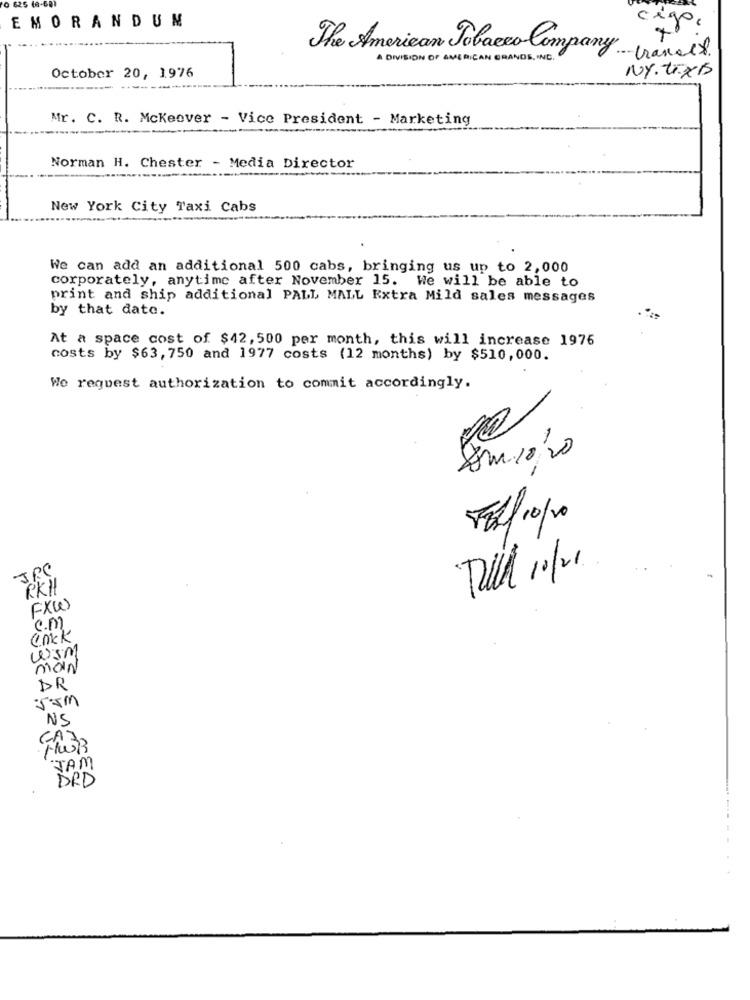
0 625 (0-60
EMORANDUN
cigo,
The American Tobacco Company.
-transex.
A DIVISION OF AMERICAN GRANDS , IND .
NY.t.XB
October 20, 1976
--
Mr. C. R. Mckeever - Vice President - Marketing
Norman H. Chester - Media Director
New York City Taxi Cabs
We can add an additional 500 cabs, bringing us up to 2,000
corporately, anytime after November 15. We will be able to
print and ship additional PALL MALL Extra Mild sales messages
by that date.
At a space cost of $42, 500 per month, this will increase 1976
costs by $63, 750 and 1977 costs (12 months) by $510,000.
We request authorization to commit accordingly.
Dum.10/20
Fall 10/10
Till 10/21
RKH
FX()
c.m
Cock
WIM
MOIN
DR
Jam
NS
TAM
DRD